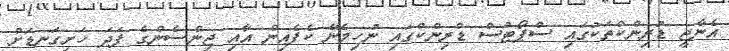
އެނާޖީ ޑުރިންކްތަކުގައި ސްޕޯޓްސް ޑްރިންކްގައި ނުހިމެނޭ ކެފެއިން އާއި ޖިންސެންގެ ފަދަ ހަށިގަނޑަށް